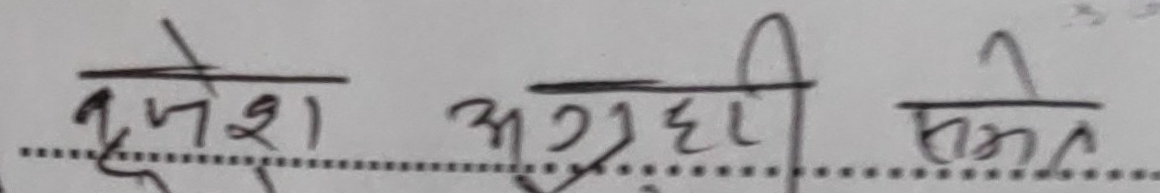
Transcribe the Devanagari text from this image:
दनेश अग्रहरी समेत